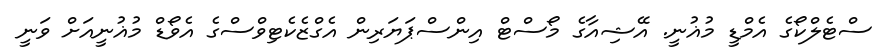
ސްޓެލްކޯގެ އެމްޑީ މުޣުނީ. އޭޝިއާގެ މޯސްޓް އިންސްޕަޔަރިން އެގްޒެކެޓިވްސްގެ އެވޯޑް މުޣުނީއަށް ވަނީ